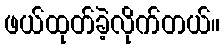
ဖယ်ထုတ်ခဲ့လိုက်တယ်။